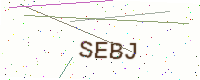
Text: SEBJ